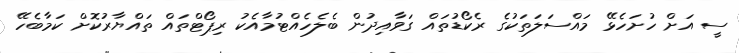
ސީ އަށް ހުށަހެޅޭ މައްސަލަތަކުގެ ރެކޯޑުތައް ގަވާއިދުން ބެލެހެއްޓުމާއެކު ރިޕޯޓްތައް ތައްޔާރުކޮށް ކަމާބެހޭ